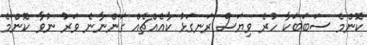
ކޮންމެ ސަބަބަކާ ހުރެ ވިޔަސް ރަނގަޅު ކާއެއްޗެއް ގަންނާނެ ވަރު ނުވާ ކޮންމެ